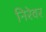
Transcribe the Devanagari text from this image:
निरेवर